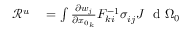
\begin{array} { r l } { \mathscr { R } ^ { u } } & { { } = \int \frac { \partial w _ { j } } { \partial x _ { 0 _ { k } } } F _ { k i } ^ { - 1 } \sigma _ { i j } ^ { \phantom { } } J \ \mathrm { ~ d ~ } { \Omega _ { 0 } } } \end{array}